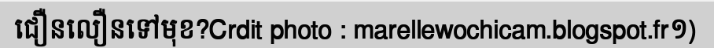
ជឿនលឿនទៅមុខ?Crdit photo : marellewochicam.blogspot.fr១)